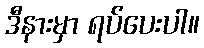
ဒီနားမှာ ရပ်ပေးပါ။